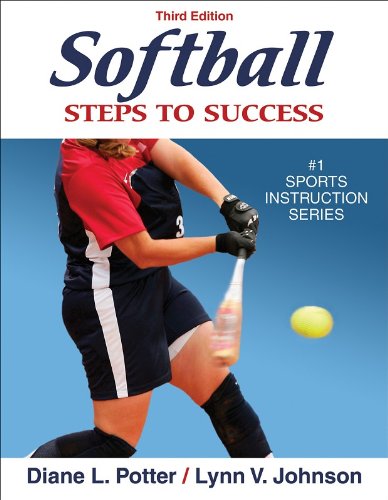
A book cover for Softball: Steps to Success, Third Edition (Steps to Success Sports Series); Diane Potter; Sports & Outdoors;